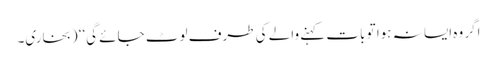
اگر وہ ایسا نہ ہوا تو بات کہنے والے کی طرف لوٹ جائے گی‘‘ (بخاری۔